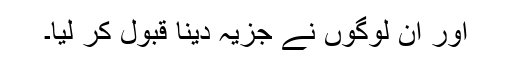
اور ان لوگوں نے جزیہ دینا قبول کر لیا۔